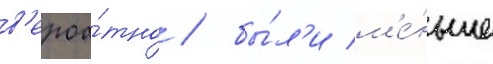
в'ероа́тно / бы́л'и м'е́ньше